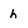
Character: h